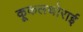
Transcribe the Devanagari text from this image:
कूकलथोराई